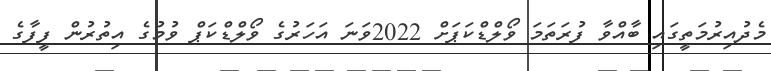
މެދުއިރުމަތީގައި ބާއްވާ ފުރަތަމަ ވޯލްޑްކަޕަށް 2022ވަނަ އަހަރުގެ ވޯލްޑްކަޕް ވުމުގެ އިތުރުން ފީފާގެ